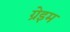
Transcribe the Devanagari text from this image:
ग्रेइम